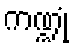
ကဏ္ဍုံ